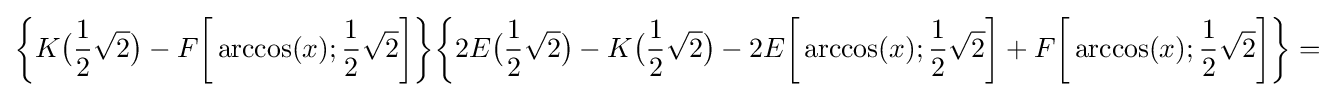
{\biggl \{}K{\bigl (}{\frac {1}{2}}{\sqrt {2}}{\bigr )}-F{\biggl [}\arccos(x);{\frac {1}{2}}{\sqrt {2}}{\biggr ]}{\biggr \}}{\biggl \{}2E{\bigl (}{\frac {1}{2}}{\sqrt {2}}{\bigr )}-K{\bigl (}{\frac {1}{2}}{\sqrt {2}}{\bigr )}-2E{\biggl [}\arccos(x);{\frac {1}{2}}{\sqrt {2}}{\biggr ]}+F{\biggl [}\arccos(x);{\frac {1}{2}}{\sqrt {2}}{\biggr ]}{\biggr \}}=